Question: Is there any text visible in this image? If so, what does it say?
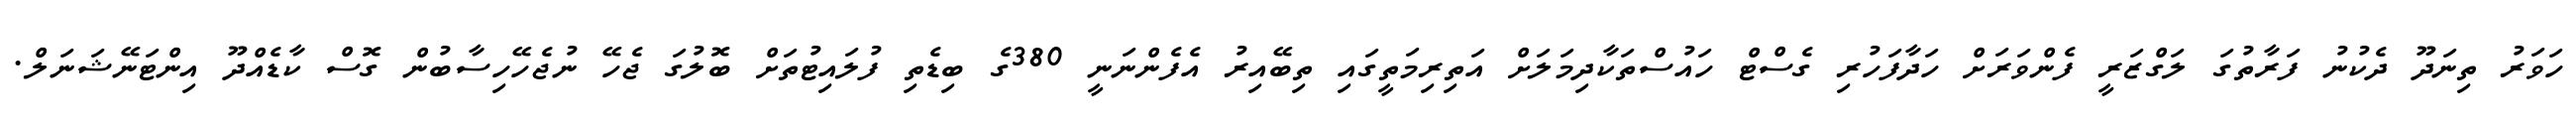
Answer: ހަވަރު ތިނަދޫ ދެކުނު ފަރާތުގަ ލަގްޒަރީ ފެންވަރަށް ހަދާފަހުރި ގެސްޓް ހައުސްތަކާދިމަލަށް އަތިރިމަތީގައި ތިބޭއިރު އެފެންނަނީ 380ގެ ބިޑެތި ފުލައިޓުތަށް ބޮލުގަ ޖެހޭ ނުޖެހޭހިސާބުން ގޮސް ކާޑެއްދޫ އިންޓަނޭޝަނަލް.